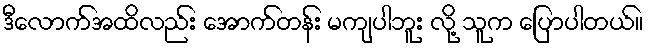
ဒီလောက်အထိလည်း အောက်တန်း မကျပါဘူး လို့ သူက ပြောပါတယ်။